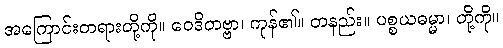
အကြောင်းတရားတို့ကို။ ဝေဒိတဗ္ဗာ၊ ကုန်၏။ တနည်း။ ပစ္စယဓမ္မာ၊ တို့ကို။